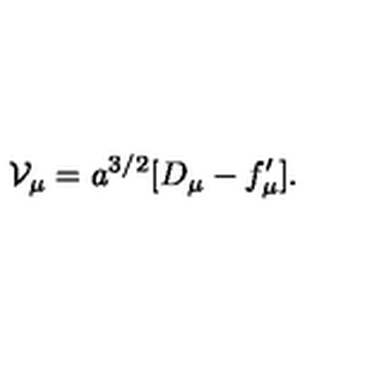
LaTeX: { \cal V } _ { \mu } = a ^ { 3 / 2 } [ D _ { \mu } - f _ { \mu } ^ { \prime } ] .